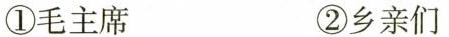
①毛主席 ②乡亲们